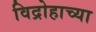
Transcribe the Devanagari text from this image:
विद्रोहाच्या